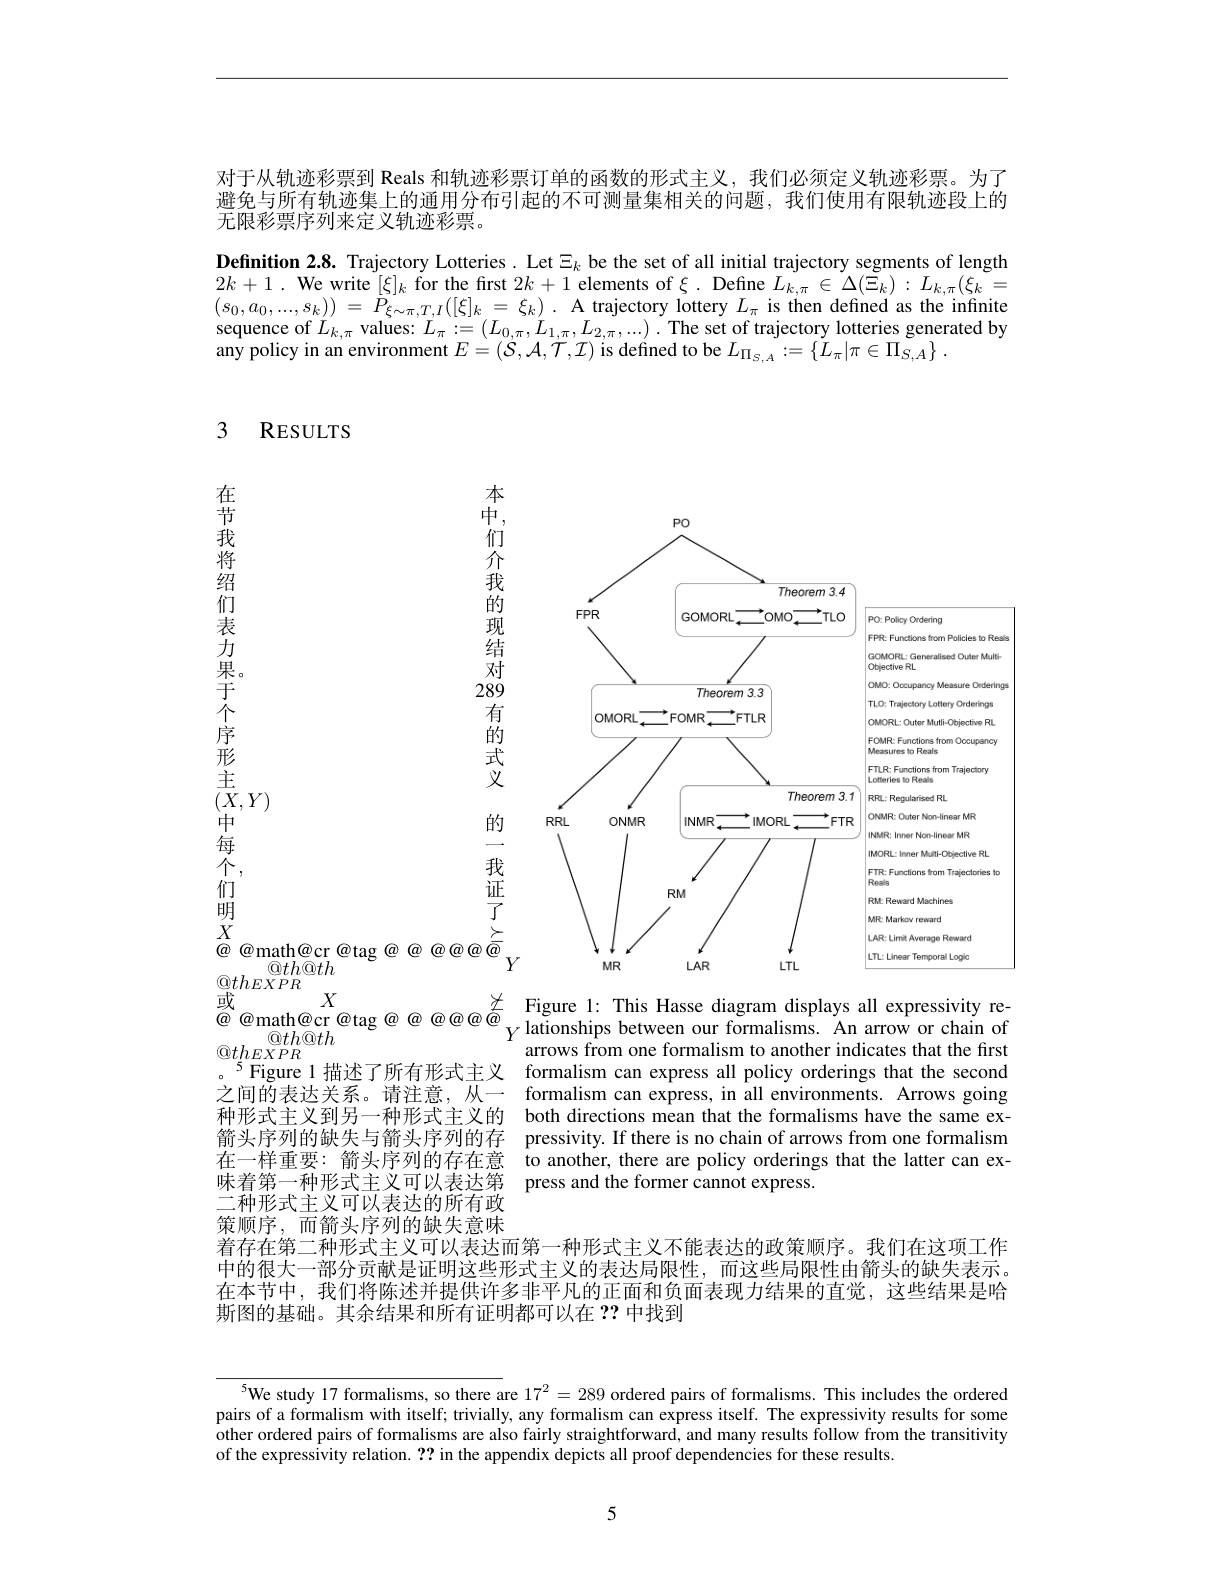
对于从轨迹彩票到 Reals 和轨迹彩票订单的函数的形式主义，我们必须定义轨迹彩票。为了避免与所有轨迹集上的通用分布引起的不可测量集相关的问题，我们使用有限轨迹段上的无限彩票序列来定义轨迹彩票。
Definition 2.8. Trajectory Lotteries. Let $\Xi_k$ be the set of all initial trajectory segments of length $2k+1.$ We write $[\xi]_k$ for the first $2k+1$ elements of $\xi.$ Define $L_k,\pi\in\Delta(\Xi_k):L_{k,\pi}(\xi_k=$ $( s_{0}, a_{0}, . . . , s_{k}) )$ = $P_{\xi \sim \pi , T, I}( [ \xi ] _{k}$ = $\xi _{k})$ . A trajectory lottery $L_{\pi}$ is then defined as the infinite sequence of $L_{k, \pi }$ values: $L_{\pi }: = \left ( L_{0, \pi }, L_{1, \pi }, L_{2, \pi }, . . . \right ) .$ The set of trajectory lotteries generated by any policy in an environment $E= \left ( \mathcal{S} , \mathcal{A} , \mathcal{T} , \mathcal{I} \right )$ is defined to be $L_{\Pi _{S, A}}: = \left \{ L_{\pi }| \pi \in \Pi _{S, A}\right \} .$

### 3 RESULTS

在节我将绍们表力果于个序形

<FigureHere>

$\begin{array}{l}{\pm}\\{(X,Y)}\\{\pm}\end{array}$

中每个

们

明

$\underset{\rightarrow}{\operatorname*{\operatorname*{\operatorname*{Q}}}}th_{EXPR}^{\textcircled{\mathrm{q}}th@th}$
$\textcircled{\mathrm{Q}}th_{EXPR}$
$^{5}$Figure 1 描述了所有形式主义 formalism can express all policy orderings that the second 之间的表达关系。请注意，从一 formalism can express, in all environments. Arrows going 种形式主义到另一种形式主义的 both directions mean that the formalisms have the same ex箭头序列的缺失与箭头序列的存 pressivity.If there is no chain of arrows from one formalism 在一样重要：箭头序列的存在意 to another, there are policy orderings that the latter can ex味着第一种形式主义可以表达第 press and the former cannot express.
二种形式主义可以表达的所有政策顺序，而箭头序列的缺失意味着存在第二种形式主义可以表达而第一种形式主义不能表达的政策顺序。我们在这项工作

arrows from one formalism to another indicates that the first

中的很大一部分贡献是证明这些形式主义的表达局限性，而这些局限性由箭头的缺失表示。在本节中，我们将陈述并提供许多非平凡的正面和负面表现力结果的直觉，这些结果是哈斯图的基础。其余结果和所有证明都可以在？?中找到

$^{5}$We study 17 formalisms, so there are $17^2=289$ ordered pairs of formalisms. This includes the ordered pairs of a formalism with itself; trivially, any formalism can express itself. The expressivity results for some other ordered pairs of formalisms are also fairly straightforward, and many results follow from the transitivity of the expressivity relation. ?? in the appendix depicts all proof dependencies for these results.

5